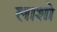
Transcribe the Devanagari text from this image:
लाशो